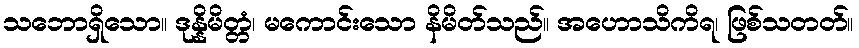
သဘောရှိသော။ ဒုန္နိမိတ္တံ၊ မကောင်းသော နိမိတ်သည်။ အဟောသိကိရ၊ ဖြစ်သတတ်။